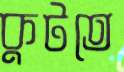
কুটতে